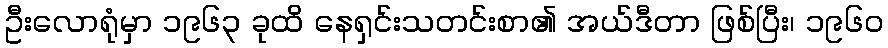
ဦးလောရုံမှာ ၁၉၆၃ ခုထိ နေရှင်းသတင်းစာ၏ အယ်ဒီတာ ဖြစ်ပြီး၊ ၁၉၆၀